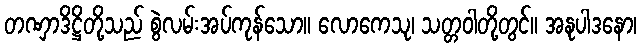
တဏှာဒိဋ္ဌိတို့သည် စွဲလမ်းအပ်ကုန်သော။ လောကေသု၊ သတ္တဝါတို့တွင်။ အနုပါဒနော၊